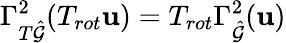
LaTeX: \Gamma_{T\hat{\mathcal{G}}}^{2}(T_{rot}\mathbf{u})=T_{rot}\Gamma_{\hat{\mathcal{G}}}^{2}(\mathbf{u})